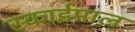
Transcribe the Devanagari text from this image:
स्काईमाल